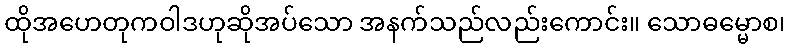
ထိုအဟေတုကဝါဒဟုဆိုအပ်သော အနက်သည်လည်းကောင်း။ သောဓမ္မောစ၊